Source: Handwritten
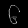
Digit: ၆ (6)